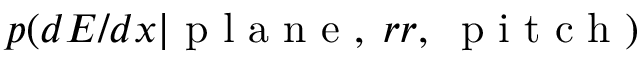
p ( d E / d x | \textrm { p l a n e } , \; r r , \; \textrm { p i t c h } )